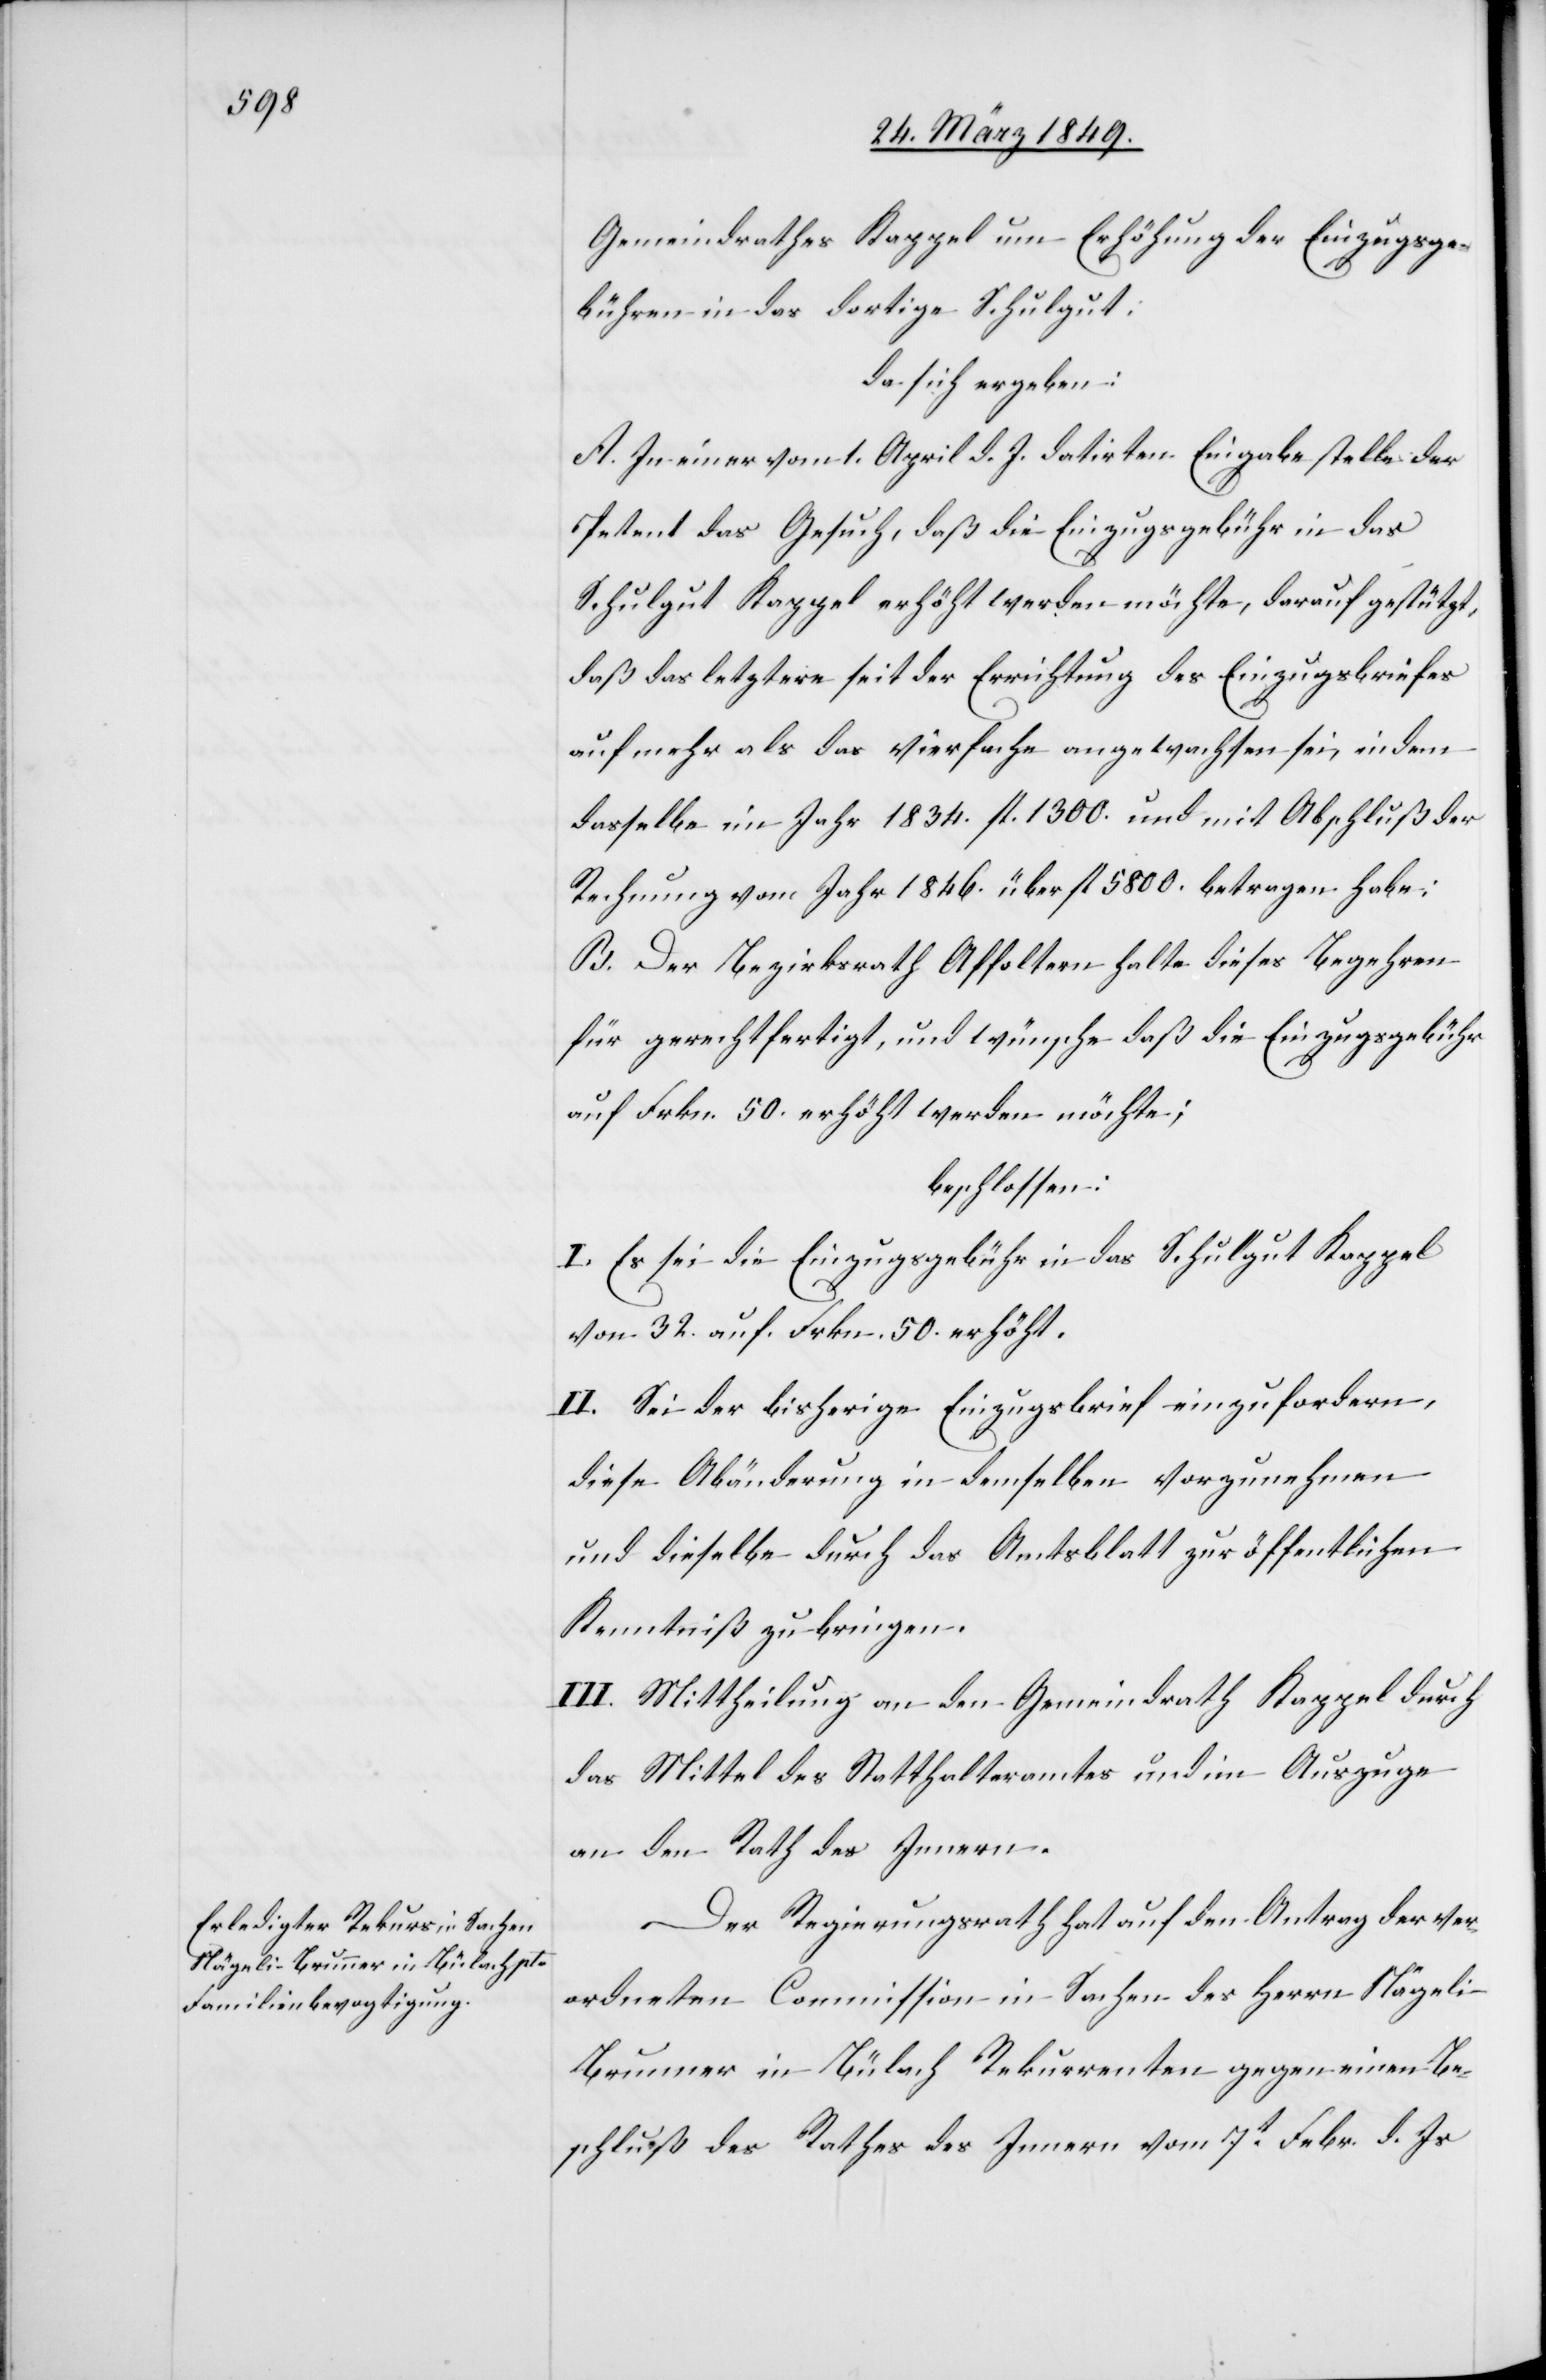
Gemeindrathes Kappel um Erhöhung der Einzugsge¬
bühren in das dortige Schulgut;
da sich ergeben:
A. In einer vom 1. April d. J. datirten Eingabe stelle der
Petent das Gesuch, daß die Einzugsgebühr in das
Schulgut Kappel erhöht werden möchte, darauf gestützt,
daß das letztere seit der Errichtung des Einzugsbriefes
auf mehr als das vierfache angewachsen sei, indem
dasselbe im Jahr 1834. fl. 1300. und mit Abschluß der
Rechnung vom Jahr 1846. über fl. 5800. betragen habe;
B. Der Bezirksrath Affoltern halte dieses Begehren
für gerechtfertigt, und wünsche daß die Einzugsgebühr
auf Frkn. 50. erhöht werden möchte;
beschlossen:
I. Es sei die Einzugsgebühr in das Schulgut Kappel
von 32. auf Frkn. 50. erhöht.
II. Sei der bisherige Einzugsbrief einzufordern,
diese Abänderung in demselben vorzunehmen
und dieselbe durch das Amtsblatt zur öffentlichen
Kenntniß zu bringen.
III. Mittheilung an den Gemeindrath Kappel durch
das Mittel des Statthalteramtes und im Auszuge
an den Rath des Innern.
Der Regierungsrath hat auf den Antrag der ver¬
ordneten Commission in Sachen des Herrn Nägeli-B¬
runner in Bülach Rekurrenten gegen einen Be¬
schluß des Rathes des Innern vom 7t. Febr. d. Js